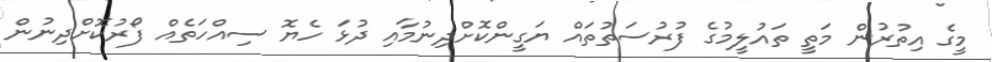
މީގެ އިތުރުން މަތީ ތައުލީމުގެ ފުރުސަތުތައް ޔަގީންކޮށްދިނުމާއި ދުޅަ ހެޔޮ ސިއްހަތެއް ފޯރުކޮށްދިނުން